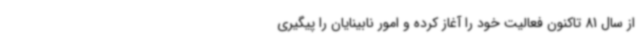
از سال 81 تاکنون فعالیت خود را آغاز کرده و امور نابینایان را پیگیری